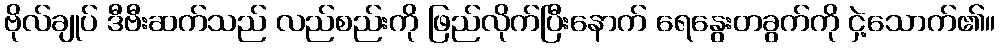
ဗိုလ်ချုပ် ဒီဗီးဆက်သည် လည်စည်းကို ဖြည်လိုက်ပြီးနောက် ရေနွေးတခွက်ကို ငှဲ့သောက်၏။